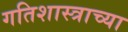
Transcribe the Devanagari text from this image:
गतिशास्त्राच्या